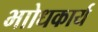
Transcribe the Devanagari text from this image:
भाोधकार्य